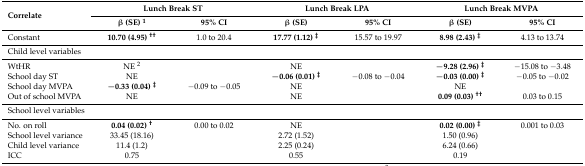
| <ROWSPAN=2> Correlate | <COLSPAN=2> Lunch Break ST | <COLSPAN=2> Lunch Break LPA | <COLSPAN=2> Lunch Break MVPA |
 | β (SE) 1 | 95% CI | β (SE) | 95% CI | β (SE) | 95% CI |
 | --- | --- | --- | --- | --- | --- | --- |
 | Constant | 10.70 (4.95) †† | 1.0 to 20.4 | 17.77 (1.12) ‡ | 15.57 to 19.97 | 8.98 (2.43) ‡ | 4.13 to 13.74 |
 | <COLSPAN=7> Child level variables |
 | WtHR | NE 2 |  | NE |  | −9.28 (2.96) ‡ | −15.08 to −3.48 |
 | School day ST | NE |  | −0.06 (0.01) ‡ | −0.08 to −0.04 | −0.03 (0.00) ‡ | −0.05 to −0.02 |
 | School day MVPA | −0.33 (0.04) ‡ | −0.09 to −0.05 | NE |  | NE |  |
 | Out of school MVPA | NE |  | NE |  | 0.09 (0.03) †† | 0.03 to 0.15 |
 | <COLSPAN=7> School level variables |
 | No. on roll | 0.04 (0.02) † | 0.00 to 0.02 | NE |  | 0.02 (0.00) ‡ | 0.001 to 0.03 |
 | School level variance | 33.45 (18.16) |  | 2.72 (1.52) |  | 1.50 (0.96) |  |
 | Child level variance | 11.4 (1.2) |  | 2.25 (0.24) |  | 6.24 (0.66) |  |
 | ICC | 0.75 |  | 0.55 |  | 0.19 |  |